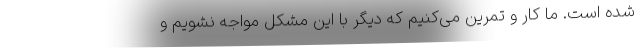
شده است. ما کار و تمرین می‌کنیم که دیگر با این مشکل مواجه نشویم و